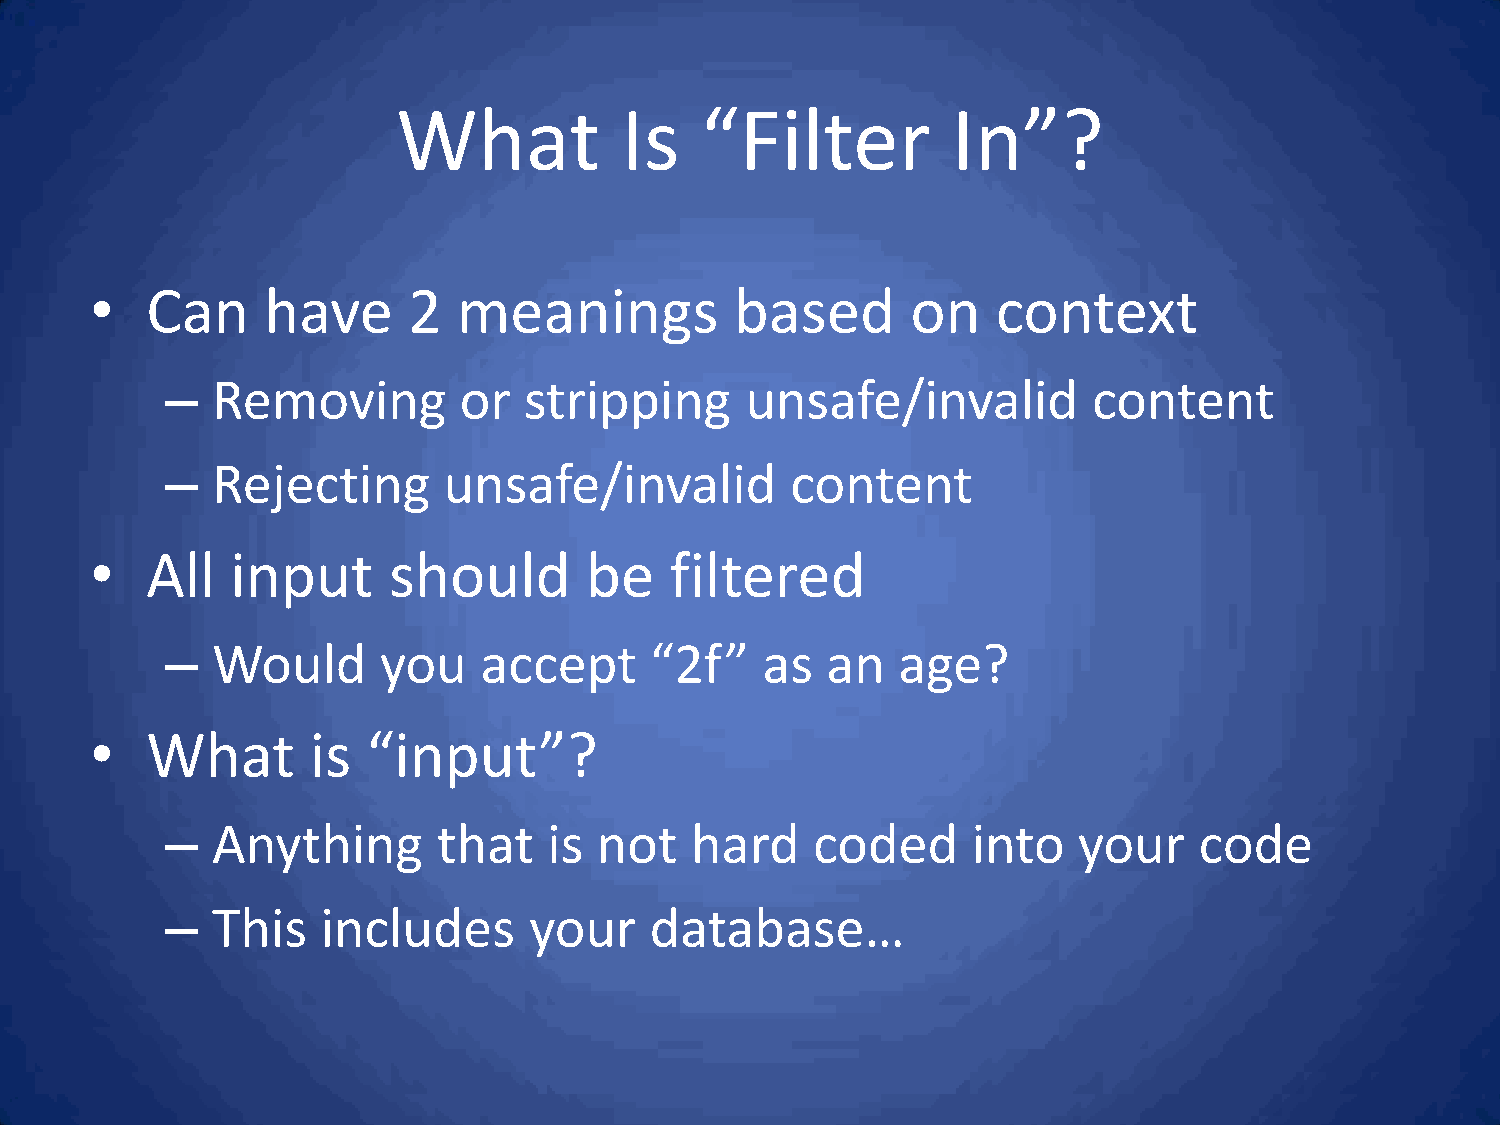
What           Is   “Filter          In”?
 •   Can    have      2  meanings           based      on    context
 –  Removing        or   stripping     unsafe/invalid         content
 –  Rejecting      unsafe/invalid         content
 •   All  input      should       be   filtered
 –  Would      you    accept     “2f”   as   an  age?
 •   What       is “input”?
 –  Anything       that   is not    hard    coded     into   your    code
 –  This   includes      your    database…